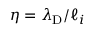
\eta = \lambda _ { \mathrm { D } } / \ell _ { i }